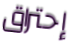
إحتراق